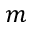
m